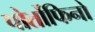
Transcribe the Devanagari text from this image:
पोर्तोफिनो